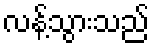
လန့်သွားသည်